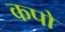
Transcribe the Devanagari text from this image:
कपो